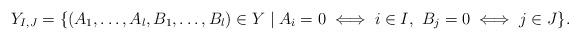
LaTeX: \begin{align*}Y_{I,J}=\{(A_1,\ldots,A_l,B_1,\ldots,B_l)\in Y\mid A_i=0 \iff i\in I,\ B_j=0\iff j\in J\}.\end{align*}